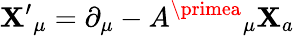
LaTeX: \mathbf{X}^{\prime}{}_{\mu}=\partial_{\mu}-A^{\primea}{}_{\mu}\mathbf{X}_{a}